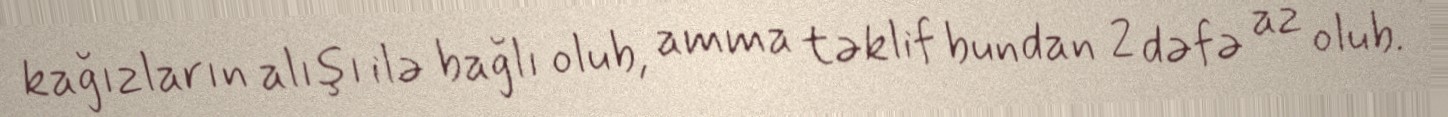
kağızların alışı ilə bağlı olub, amma təklif bundan 2 dəfə az olub.